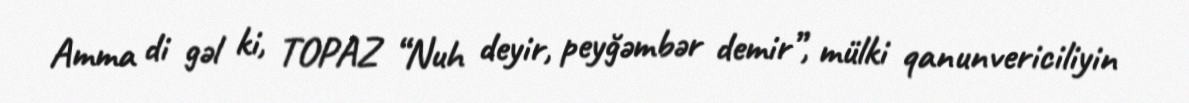
Amma di gəl ki, TOPAZ “Nuh deyir, peyğəmbər demir”, mülki qanunvericiliyin